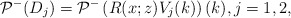
\begin{align*}\mathcal{P}^-( D_j) =\mathcal{P}^-\left(R(x;z)V_{j}(k)\right)(k),j=1,2,\end{align*}